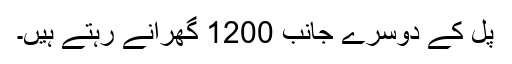
پل کے دوسرے جانب 1200 گھرانے رہتے ہيں۔